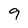
Character: 9